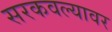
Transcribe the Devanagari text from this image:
सरकवल्यावर